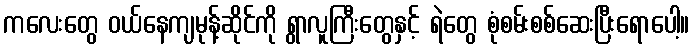
ကလေးတွေ ဝယ်နေကျမုန့်ဆိုင်ကို ရွာလူကြီးတွေနှင့် ရဲတွေ စုံစမ်းစစ်ဆေးပြီးရောပေါ့။